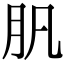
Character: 䏎